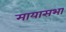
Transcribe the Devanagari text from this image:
मायासभा